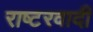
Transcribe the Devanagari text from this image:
राष्टरवादी